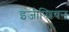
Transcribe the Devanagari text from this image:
इजीप्शियन